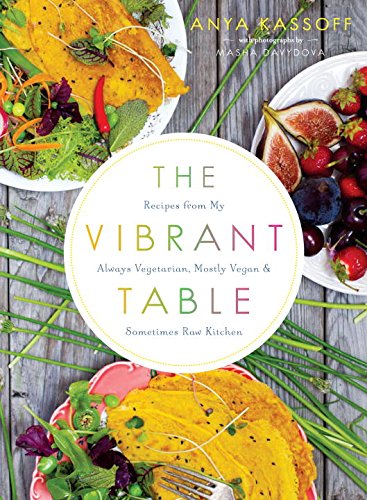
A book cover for The Vibrant Table: Recipes from My Always Vegetarian, Mostly Vegan, and Sometimes Raw Kitchen; Anya Kassoff; Cookbooks, Food & Wine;